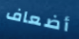
أضعاف